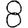
Digit: 8